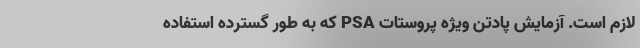
لازم است. آزمایش پادتن ویژه پروستات PSA که به طور گسترده استفاده